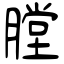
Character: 膛